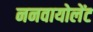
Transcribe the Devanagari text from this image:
ननवायोलेंट